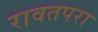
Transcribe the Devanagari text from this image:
रावतपरा